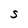
Character: S